Leaving Certificate Examination, 1906
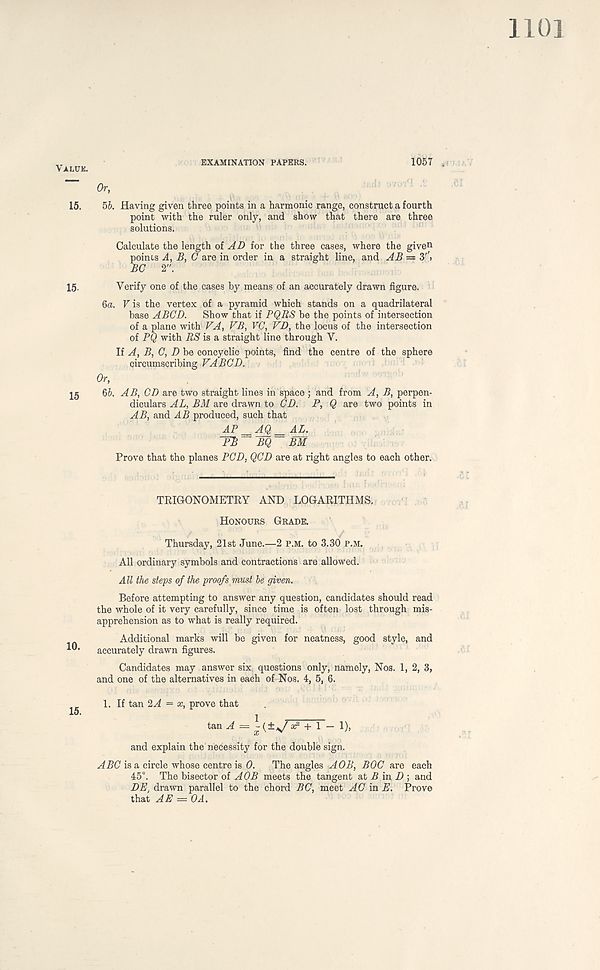
EXAMINATION PAPERS.
1057
Or,
5b. Having given three points in a harmonic range, construct a fourth
point with the ruler only, and show that there are three
solutions.
Calculate the length oi AD for the three cases, where the given
points A, B, G are in order in a straight line, and AB —
BC 2".
Verify one of the cases by means of an accurately drawn figure.
6a. V is the vertex of a pyramid which stands on a quadrilateral
base ABCD. Show that if PQBS be the points of intersection
of a plane with FA, VB, VC, FD, the locus of the intersection
of PQ with RS is a straight line through V.
It A, B, C, D be coneyclic points, find the centre of the sphere
circumscribing FA BCD.
Or,
Qb. AB, CD are two straight lines in space ; and from A, B, perpen-
diculars AL, BM are drawn to CD. P, Q are two points in
AB, and AB produced, such that
AP AQ = AL.
TB BQ BM
Prove that the planes PCD, QCD are at right angles to each other.
TRIGONOMETRY AND LOGARITHMS,
Honours Grade.
Thursday, 21st June.—2 p.m. to 3.30 p.m.
All ordinary symbols and contractions are allowed.
All the steps of the proofs must be given.
Before attempting to answer any question, candidates should read
the whole of it very carefully, since time is often lost through mis-
apprehension as to what is really required.
Additional marks will be given for neatness, good style, and
accurately drawn figures.
Candidates may answer six. questions only, namely, Nos. 1, 2, 3,
and one of the alternatives in each of Nos. 4, 5, 6.
1. If tan 2A — x, prove that
tan A = ~(£\/ x 2 + 1 — 1),
and explain the necessity for the double sign.
ABC is a circle whose centre is 0. The angles A OB, BOC are each
45°. The bisector of AOB meets the tangent at A in D ; and
DE, drawn parallel to the chord BC, meet AC in E. Prove
that AE — 0A.